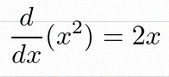
\frac{d}{dx}(x^2)=2x